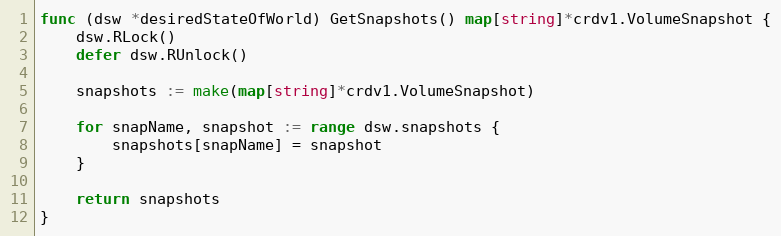
Language: Go
func (dsw *desiredStateOfWorld) GetSnapshots() map[string]*crdv1.VolumeSnapshot {
	dsw.RLock()
	defer dsw.RUnlock()

	snapshots := make(map[string]*crdv1.VolumeSnapshot)

	for snapName, snapshot := range dsw.snapshots {
		snapshots[snapName] = snapshot
	}

	return snapshots
}